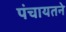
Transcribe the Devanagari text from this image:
पंचायतने